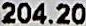
204.20